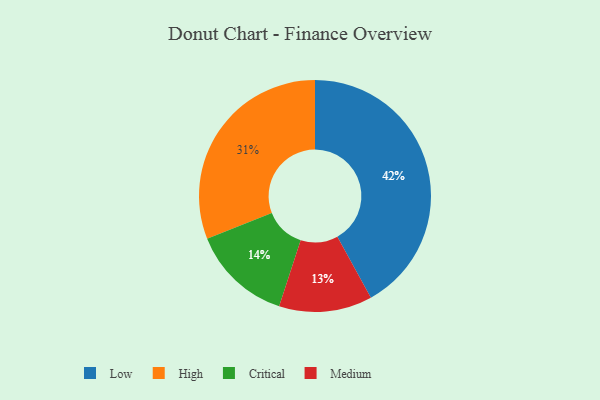
{"axis": {"x": "Category", "y": "Percentage"}, "legend": ["Critical", "High", "Low", "Medium"], "data": [{"x": "Medium", "y": 13, "type": "Medium"}, {"x": "Critical", "y": 14, "type": "Critical"}, {"x": "Low", "y": 42, "type": "Low"}, {"x": "High", "y": 31, "type": "High"}]}